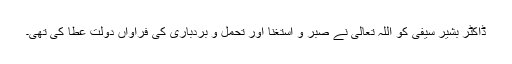
ڈاکٹر بشیر سیفی کو اللہ تعالیٰ نے صبر و استغنا اور تحمل و بردباری کی فراواں دولت عطا کی تھی۔